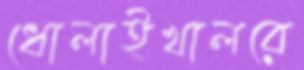
ধোলাইখালরে